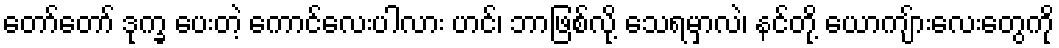
တော်တော် ဒုက္ခ ပေးတဲ့ ကောင်လေးပါလား ဟင်၊ ဘာဖြစ်လို့ သေရမှာလဲ၊ နင်တို့ ယောကျ်ားလေးတွေကို